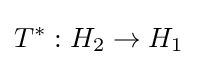
T^{*}:H_{2}\to H_{1}